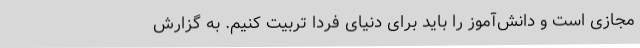
مجازی است و دانش‌آموز را باید برای دنیای فردا تربیت کنیم. به گزارش